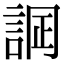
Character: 𧨋